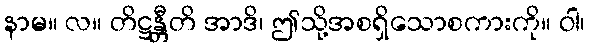
နာမ။ လ။ တိဋ္ဌန္တီတိ အာဒိ၊ ဤသို့အစရှိသောစကားကို။ ဝါ၊